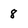
Character: 8